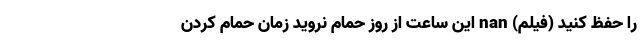
را حفظ کنید (فیلم) nan این ساعت از روز حمام نروید زمان حمام کردن